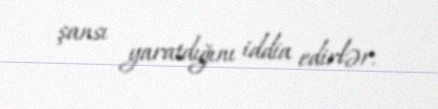
şansı yaratdığını iddia edirlər.